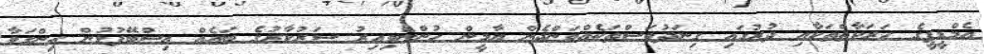
އެމްޑީޕީގެ ހަރަކާތްތަކާއި ދުރުގައި ގިނަދުވަސްތަކެއްވަންދެން ޔާމީން ހުންނެވިއިރު ސަރުކާރުގެ ބައެއް އިސްބޭފުޅުން ހިންގަވާ